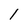
Character: 1